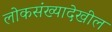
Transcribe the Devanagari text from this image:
लोकसंख्यादेखील